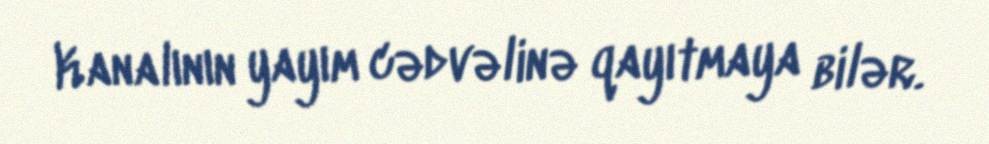
Kanalının yayım cədvəlinə qayıtmaya bilər.